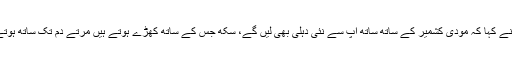
انہوں نے کہا کہ مودی کشمیر کے ساتھ ساتھ آپ سے نئی دہلی بھی لیں گے، سکھ جس کے ساتھ کھڑے ہوتے ہیں مرتے دم تک ساتھ ہوتے ہیں۔